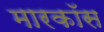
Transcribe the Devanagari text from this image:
मारकॉस